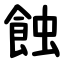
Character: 蝕